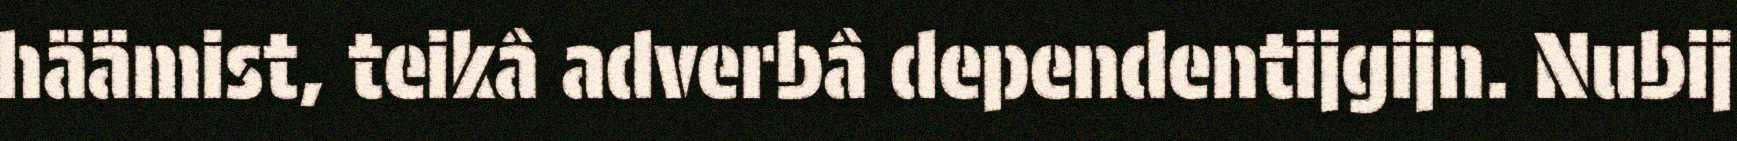
häämist, teikâ adverbâ dependentijgijn. Nubij